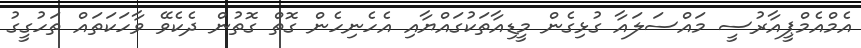
އެމްއެމްޕީއާރުސީ މައްސަލައާ ގުޅިގެން މީޑިއާތަކުގައްޔާއި އެހެނިހެން ގޮތް ގޮތުން ދެކެވޭ ވާހަކަތައް ތަހުގީގު